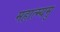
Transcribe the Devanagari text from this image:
महात्म्यमु